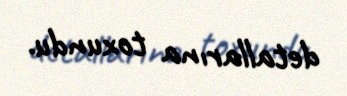
detallarına toxundu.